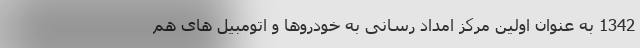
1342 به عنوان اولین مرکز امداد رسانی به خودروها و اتومبیل های هم